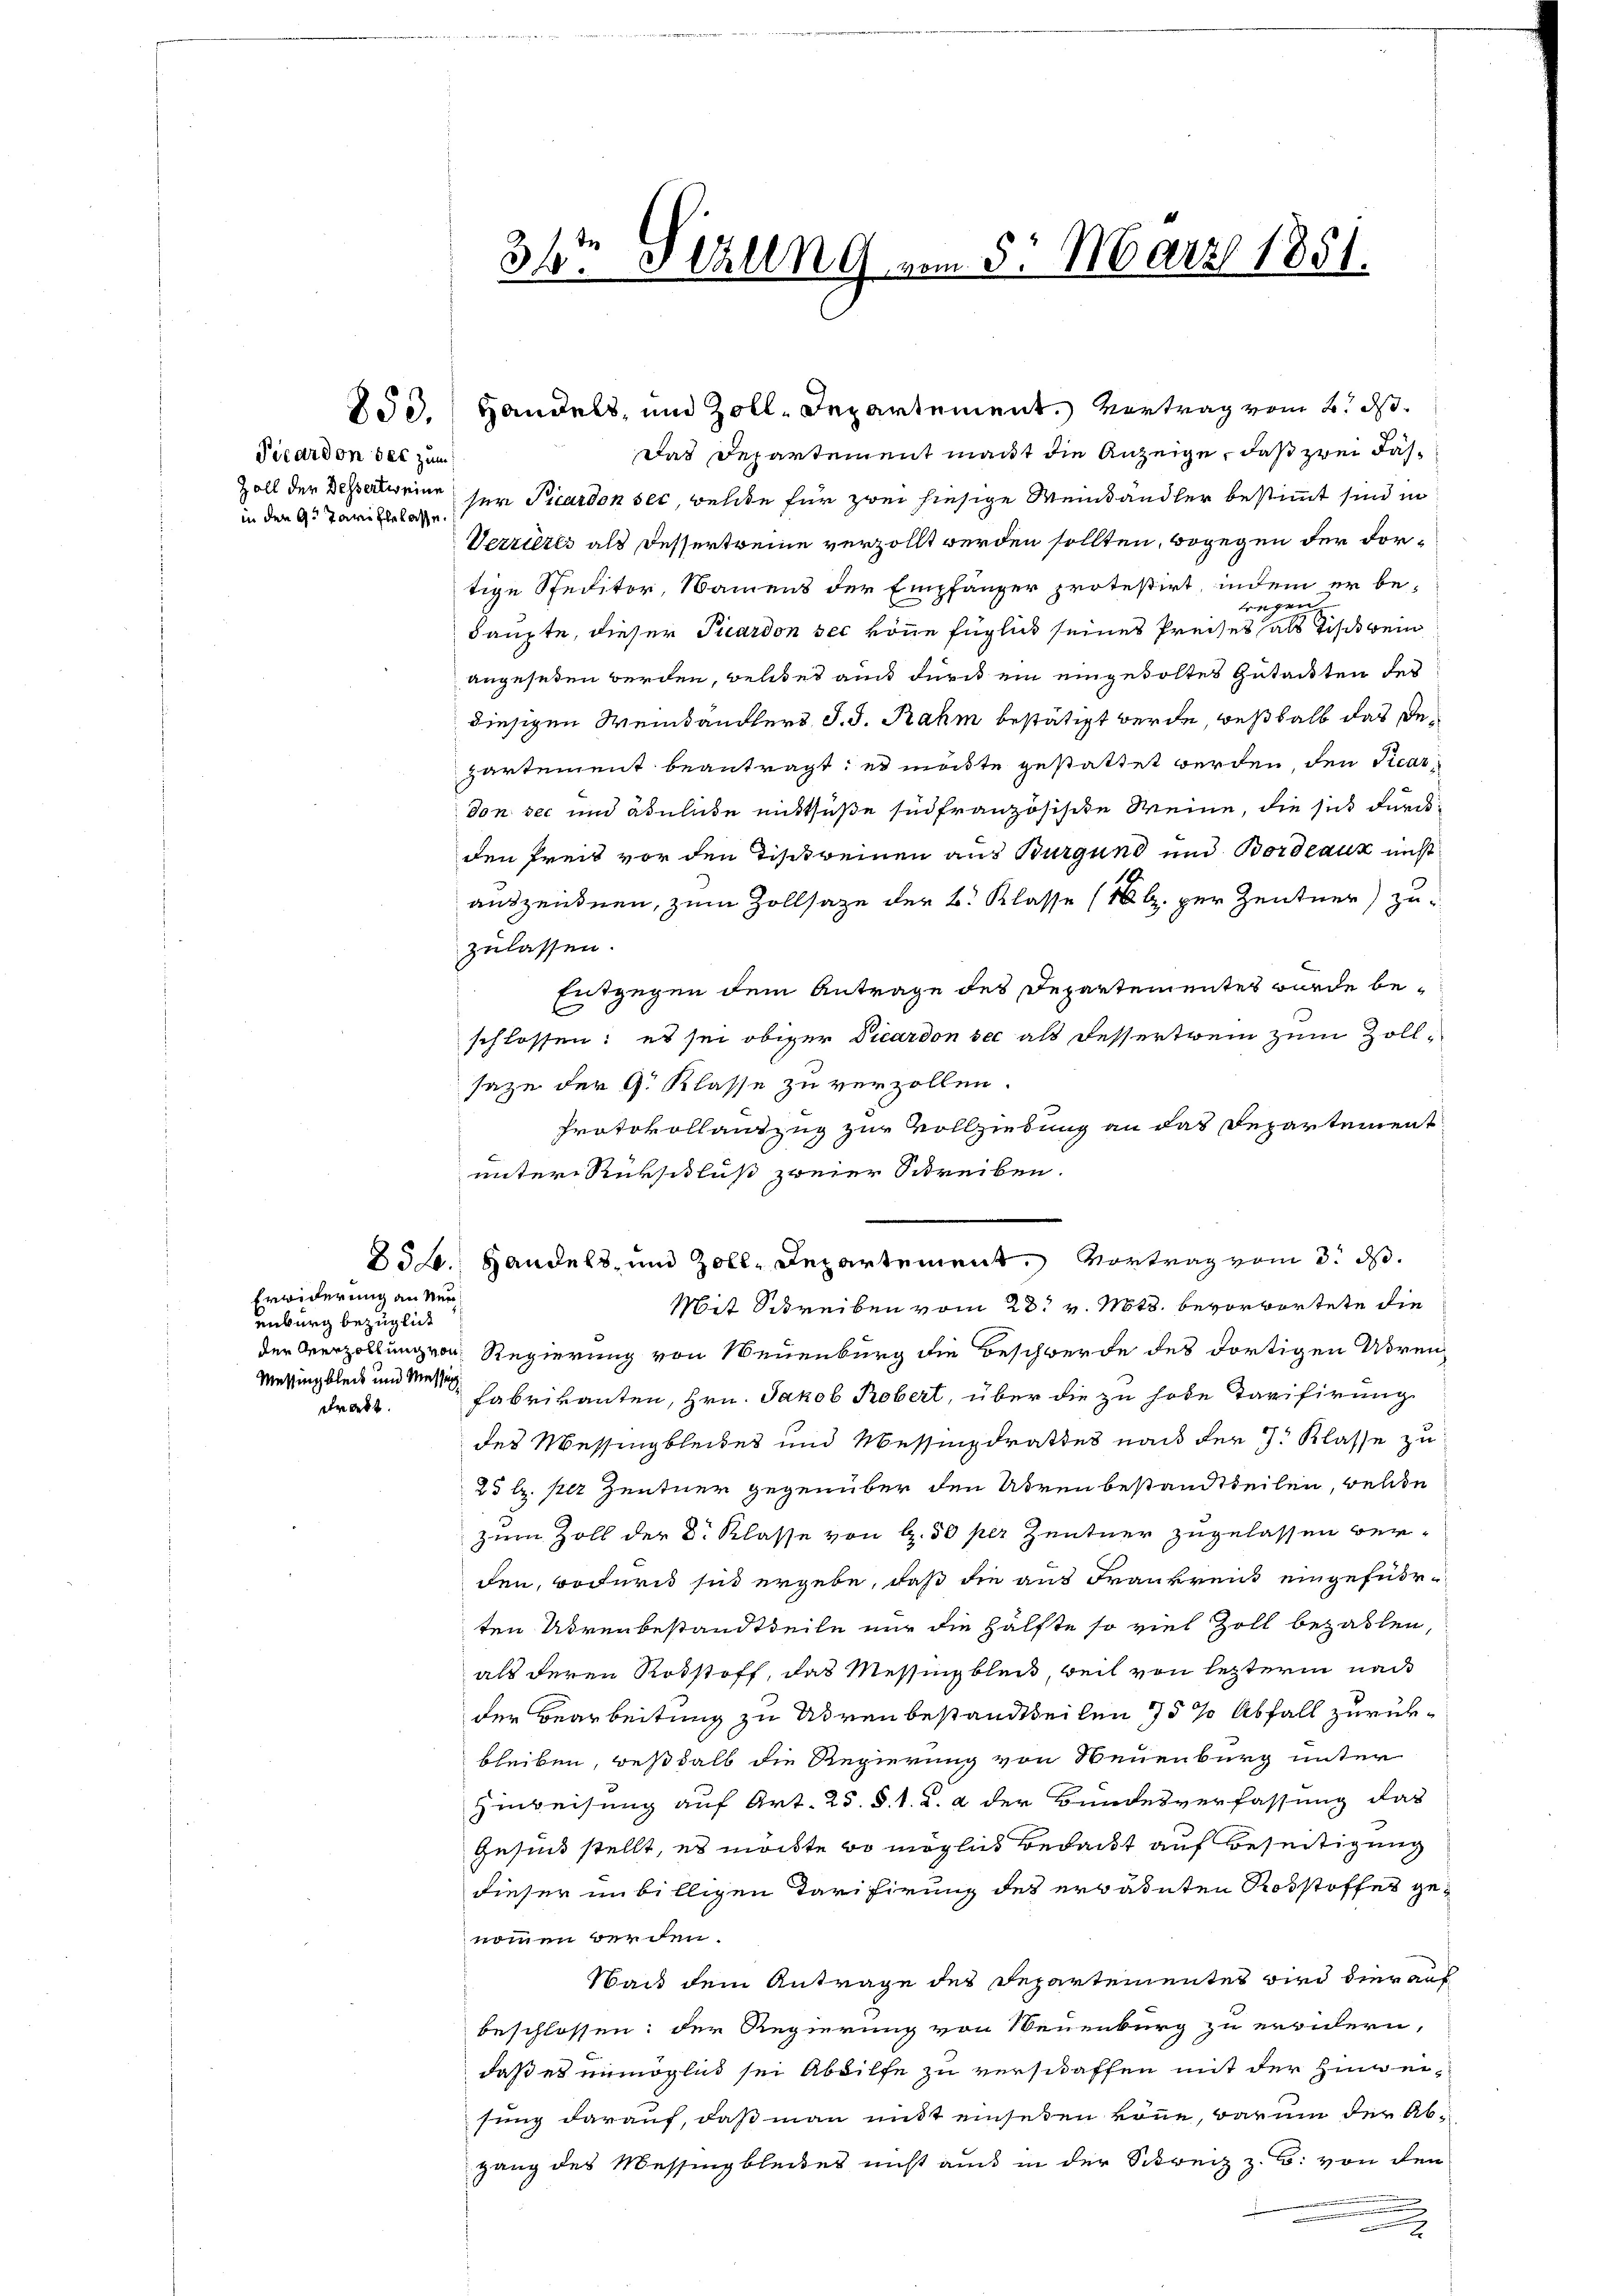
Picardon der zum
in den 9t Jarie belasse.

Erwiderung an Neuenburg bezüglich
Messing bleib und Messun
drat

36te Sitzung vom 5. März 1851.

Das Departement macht die Anzeige, daß zwei Fas¬
Zoll der Bessertweine ser Picardon sec, welche für zwei hiesige Weinbändler bestimmt sind in
Verrites als Dessertreine verzollt werden sollten, wogegen der dortige Speditor, Namens der Empfänger protestirt, indem er be¬
3
wegen
haupte, dieser Picardon sec könne füglich seines Preises als Tischein
angesehen werden, welches auch durch ein eingeholtes Gutacten des
diesigen Weinhändlers J. J. Rahm bestätigt werde, weßhalb das Departement beantragt: es möchte gestattet werden, den Picardon sec und abulide mittsüße sie französische Weine, die sich durchden Preis vor den Tischreinen aus Burgund und Bordeaux nicht
auszeichnen, zum Zollsaze der B. Klasse (18 l. per Zentner) zu-
zulassen.
Entgegen dem Antrage des Departementes wurde beschlossen: es sei obiger Vicardon sec als Fessertrein zum Zollsaze der G. Klasse zu verzollen.
Protokollauszug zur Vollziehung an das Departement
unter Rückschluß zweier Schreiben.
Mit Schreiben vom 28. v. Mts. bevorwortete die
der Verzöllung von Regierung von Neuenburg die Beschwerde des dortigen Uren
Fabrikanten, Hrn. Jakob Robert, über die zu habe Tarifirung
des Messing bleibes und Messinzdrathes nach der 3. Klasse zu
25 l. per Zentner gegenüber den Uhren bestandtheilen, welche
zum Zoll der 2. Klasse von S. 50 per Zentner zugelassen verden, wodurch sind ergebe, daß die aus Frankreich eingefürten Advenbestandtheile nur die Hälfte so viel Zoll bezahlen,
als deren Rohstoff, das Messingblei, weil von letzterm nach
der Bearbeitung zu Adren bestandtheilen 75 % Abfall zurückbleiben, weßhalb die Regierung von Neuenburg unter
Hinweisung auf Art. 25. §. 1. 2. a der Bundesverfassung das
Gesind stellt, es möchte so möglich bedacht auf Beseitigung
dieser in billigen Tarifirung des erbadeten Rosstoffes genommen werden.
Nach dem Antrage des Departementes wird dier auf
beschlossen: der Regierung von Neuenburg zu erwidern,
daß es unmöglich sei Abdilfe zu verschaffen mit der Hinweisung darauf, daß man mit einsetzen könne, darum der Abgang des Messingbleibes nicht auch in der Schreiz z. B. von den
.

253. Handels, und Zoll-Departement. Vertrag vom 2. d.

25. Handels- und Zoll-Departement. Vortrag vom 3. ds.